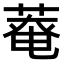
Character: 𫈸